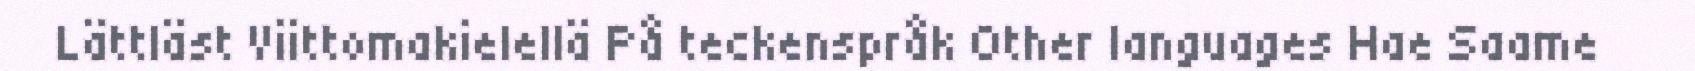
Lättläst Viittomakielellä På teckenspråk Other languages Hae Saame